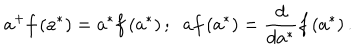
LaTeX: a ^ { + } f \left( a ^ { \ast } \right) = a ^ { \ast } f \left( a ^ { \ast } \right) ; \; \; a f \left( a ^ { \ast } \right) = \frac { d } { d a ^ { \ast } } f \left( a ^ { \ast } \right) .